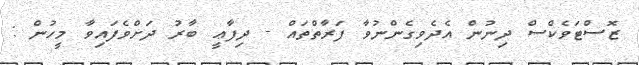
ޒޮސްޓަވެކްސް ދިނުން އެދެވިގެންނުވާ ފަރާތްތައް - ދިފާޢީ ބާރު ދަށްވެފައިވާ މީހުން :